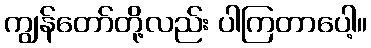
ကျွန်တော်တို့လည်း ပါကြတာပေါ့။